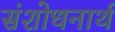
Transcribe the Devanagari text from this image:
संशोधनार्थ